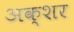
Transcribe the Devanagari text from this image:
अक्शर